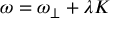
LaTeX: \omega = \omega _ { \perp } + \lambda K